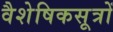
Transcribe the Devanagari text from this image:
वैशेषिकसूत्रों